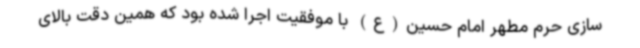
سازی حرم مطهر امام حسین(ع) با موفقیت اجرا شده بود که همین دقت بالای